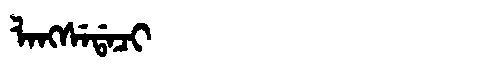
Manchu: ᠯᠠᠩᠰᡝᡩᠠᠴᡳ
Romanization: LANGSEDACI